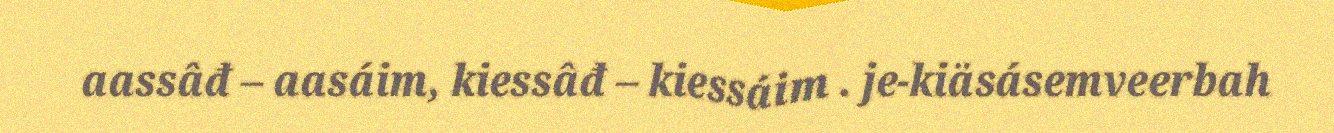
aassâđ – aasáim, kiessâđ – kiessáim . je-kiäsásemveerbah